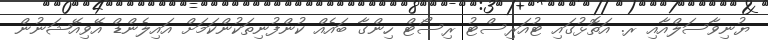
ޔުނިވާސަލްއާއި ރ. އަތޮޅުގައި ޓުއަރިސްޓު ރިސޯޓް ހިންގާ ބައެއް ކުންފުނިތަކުންކަމަށް އައިލެންޑް އޭވިއޭޝަނުން